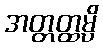
အတ္တတ္ထမ္ပိ